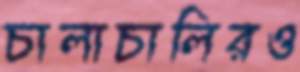
চালাচালিরও